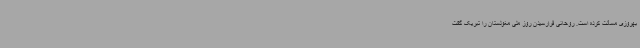
بهروزی مسألت کرده است. روحانی فرارسیدن روز ملی مغولستان را تبریک گفت